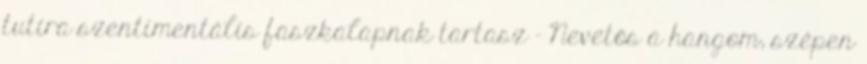
tutira szentimentális faszkalapnak tartasz - Nevetős a hangom, szépen